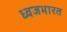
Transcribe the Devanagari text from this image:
ध्वजभारत